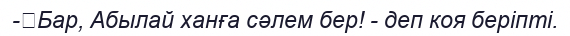
-	Бар, Абылай ханға сәлем бер! - деп коя беріпті.